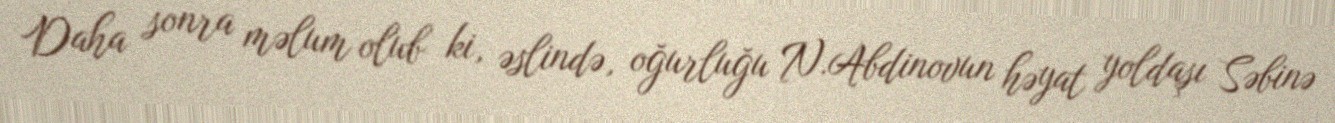
Daha sonra məlum olub ki, əslində, oğurluğu N.Abdinovun həyat yoldaşı Səbinə